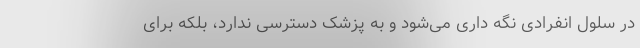
در سلول انفرادی نگه داری می‌شود و به پزشک دسترسی ندارد، بلکه برای